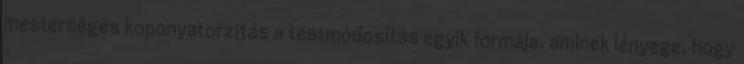
mesterséges koponyatorzítás a testmódosítás egyik formája, aminek lényege, hogy